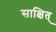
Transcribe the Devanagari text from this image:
साक्षित्‌